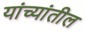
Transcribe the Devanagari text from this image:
यांच्यांतील